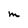
Character: M